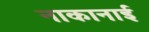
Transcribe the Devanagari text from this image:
नाकानाई